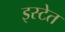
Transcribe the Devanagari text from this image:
इस्टेत